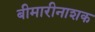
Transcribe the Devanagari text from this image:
बीमारीनाशक